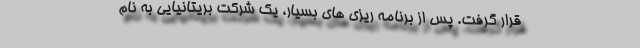
قرار گرفت. پس از برنامه ریزی های بسیار، یک شرکت بریتانیایی به نام